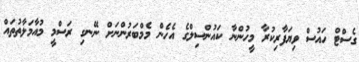
ގެސްޓް ހައުސް ވިޔަފާރިކުރާ މީހުންނާ ކައުންސިލްގެ އެހެން މެމްބަރުންނަށް ނޭނގި ރަސްމީ މުއާމަލާތުތައް